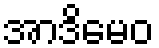
အာဒိမေဝ